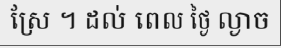
ស្រែ ។ ដល់ ពេល ថ្ងៃ ល្ងាច